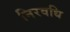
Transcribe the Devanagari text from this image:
निरवधि